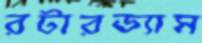
রটারড্যাম